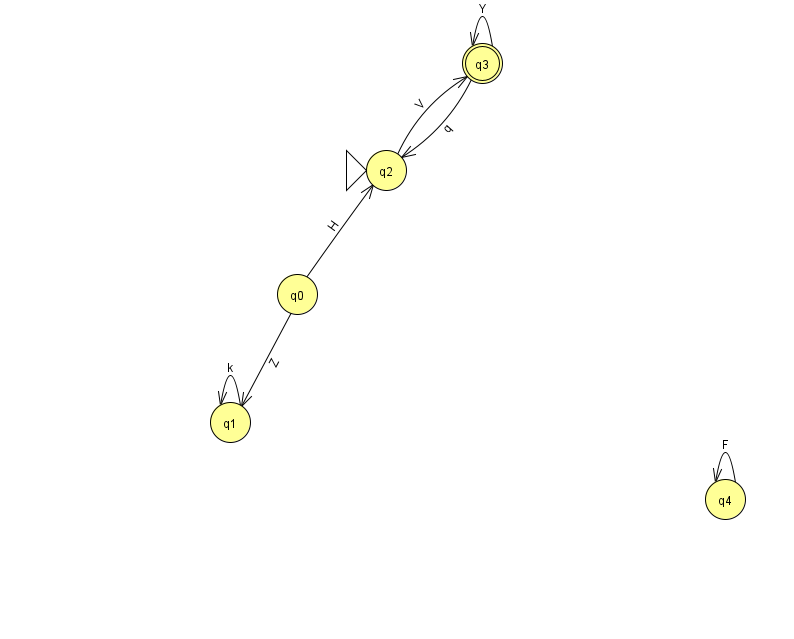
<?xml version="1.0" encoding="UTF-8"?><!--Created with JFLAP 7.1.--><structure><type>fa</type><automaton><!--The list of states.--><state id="0" name="q0"><x>297.0</x><y>281.0</y></state><state id="1" name="q1"><x>230.0</x><y>409.0</y></state><state id="2" name="q2"><x>386.0</x><y>157.0</y><initial/></state><state id="3" name="q3"><x>482.0</x><y>50.0</y><final/></state><state id="4" name="q4"><x>725.0</x><y>486.0</y></state><!--The list of transitions.--><transition><from>0</from><to>1</to><read>Z</read></transition><transition><from>2</from><to>3</to><read>V</read></transition><transition><from>3</from><to>2</to><read>q</read></transition><transition><from>4</from><to>4</to><read>F</read></transition><transition><from>3</from><to>3</to><read>Y</read></transition><transition><from>1</from><to>1</to><read>k</read></transition><transition><from>0</from><to>2</to><read>H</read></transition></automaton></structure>